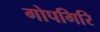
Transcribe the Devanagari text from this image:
गोपगिरि